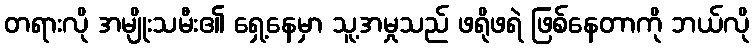
တရားလို အမျိုးသမီး၏ ရှေ့နေမှာ သူ့အမှုသည် ဖရိုဖရဲ ဖြစ်နေတာကို ဘယ်လို